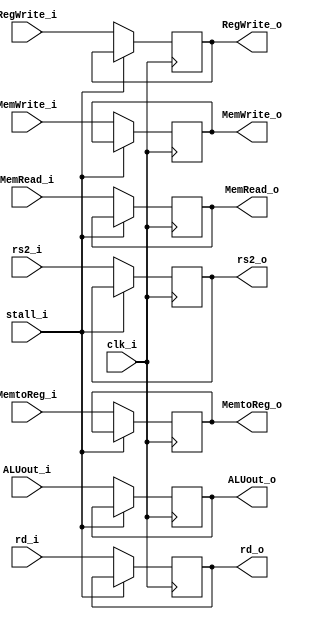
module EX_MEMReg(clk_i, RegWrite_i, MemtoReg_i, MemRead_i, MemWrite_i, ALUout_i, rs2_i, rd_i, stall_i, RegWrite_o, MemtoReg_o, MemRead_o, MemWrite_o, ALUout_o, rs2_o, rd_o);

input clk_i;
input RegWrite_i;
input MemtoReg_i;
input MemRead_i;
input MemWrite_i;
input [31:0] ALUout_i;
input [31:0] rs2_i;
input [4:0] rd_i;
input stall_i;

output reg RegWrite_o;
output reg MemtoReg_o;
output reg MemRead_o;
output reg MemWrite_o;
output reg [31:0] ALUout_o;
output reg [31:0] rs2_o;
output reg [4:0] rd_o;

always @ (posedge clk_i)
begin
	if(stall_i == 0) begin
		RegWrite_o <= RegWrite_i;
		MemtoReg_o <= MemtoReg_i;
		MemRead_o <= MemRead_i;
		MemWrite_o <= MemWrite_i;
		ALUout_o <= ALUout_i;
		rs2_o <= rs2_i;
		rd_o <= rd_i;
	end
end

endmodule